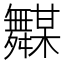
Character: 𱼵